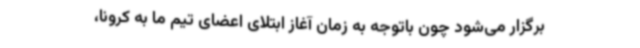
برگزار می‌شود چون باتوجه به زمان آغاز ابتلای اعضای تیم ما به کرونا،